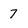
Character: 7